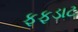
ફફડાટ